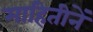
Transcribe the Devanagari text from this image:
माहितीनें